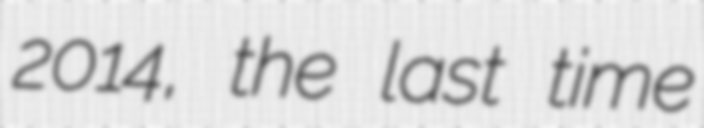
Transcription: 2014, the last time